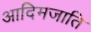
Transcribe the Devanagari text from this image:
आदिमजाति